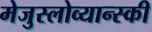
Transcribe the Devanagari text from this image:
मेजुस्लोव्यान्स्की